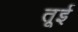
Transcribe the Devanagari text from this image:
तूई